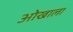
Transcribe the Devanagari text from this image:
ओखाला